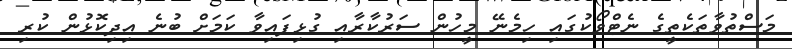
މަސްތުވާތަކެތީގެ ނެޓްވޯކުގައި ހިމެނޭ މީހުން ސަރުކާރާއި ގުޅިފައިވާ ކަމަށް ބުނެ އިދިކޮޅުން ކުރި